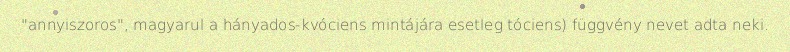
"annyiszoros", magyarul a hányados-kvóciens mintájára esetleg tóciens) függvény nevet adta neki.